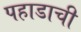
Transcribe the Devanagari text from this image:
पहाडाची